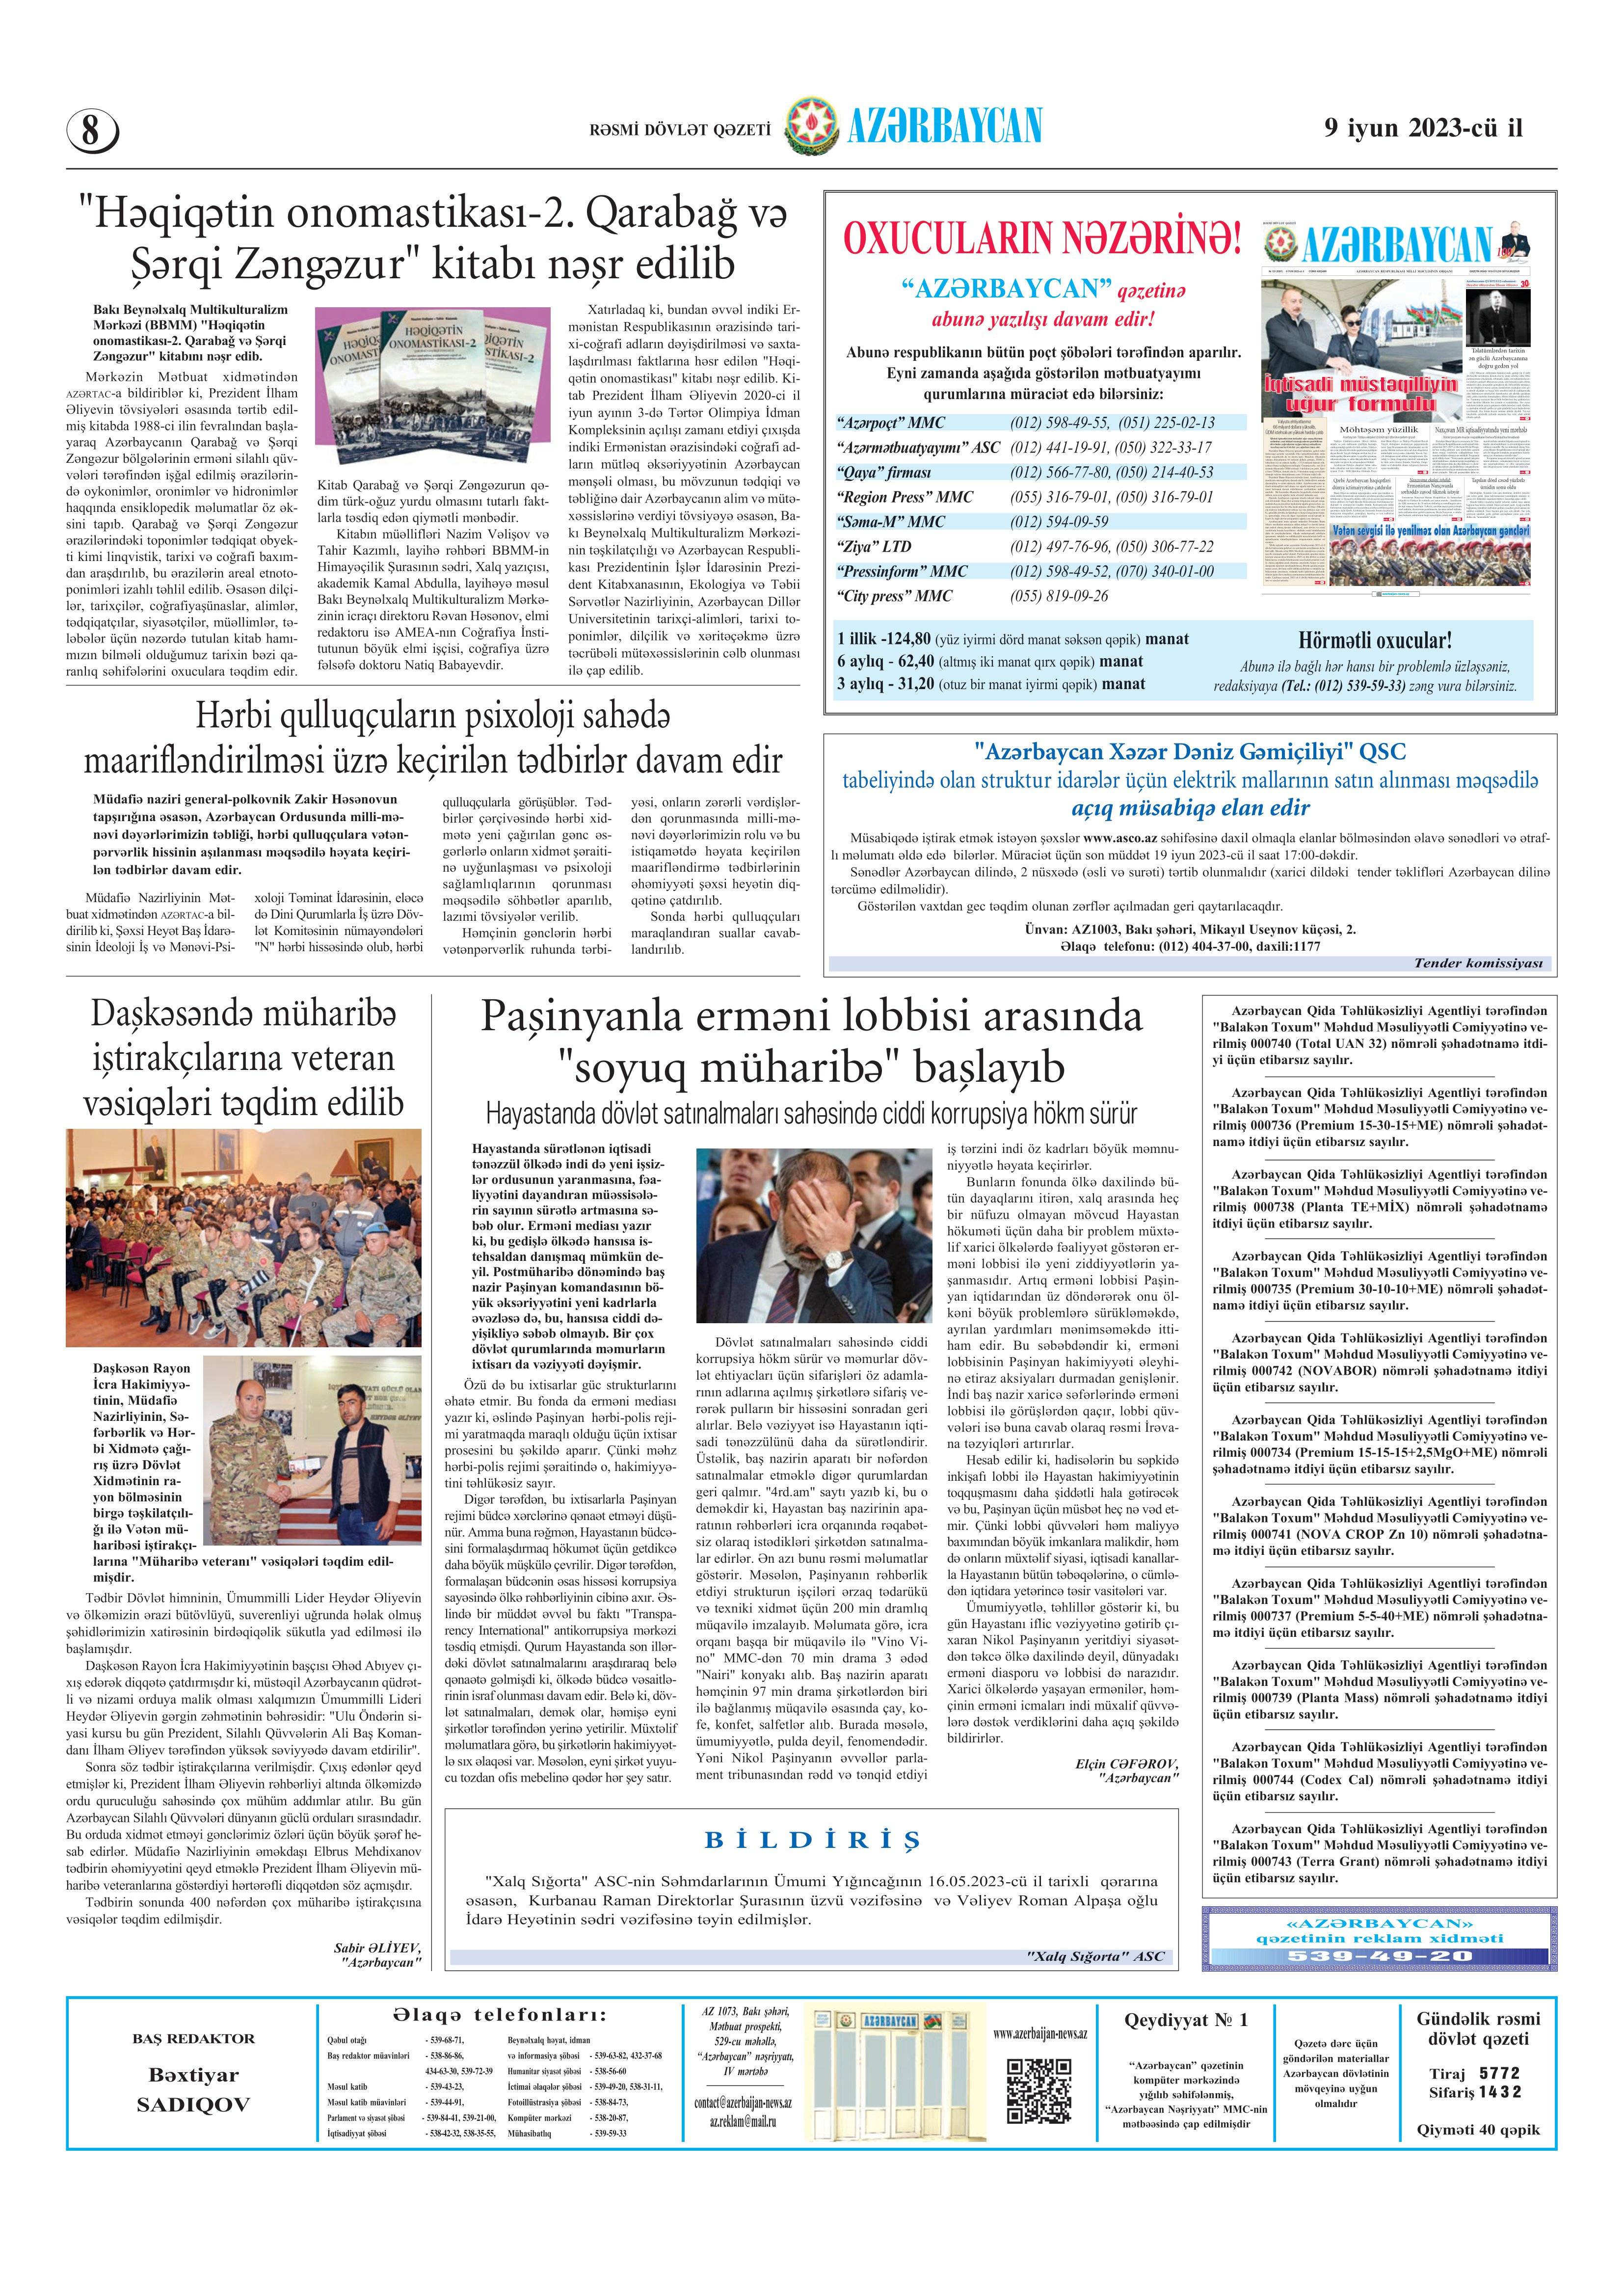
Language: az